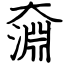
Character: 奫